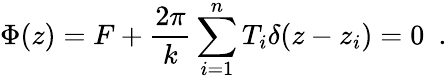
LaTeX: \Phi(z)=F+\frac{2\pi}{k}\sum_{i=1}^{n}T_{i}\delta(z-z_{i})=0\ \ .